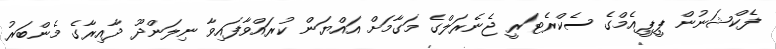
ފެކްޝަނުން ޕީޕީއެމްގެ ސެކްރެޓަރީ ޖެނެރަލްގެ މަގާމަށް އައްޔަން ކުރައްވާފައިވާ ނިލަންދޫ ދާއިރާގެ މެންބަރު